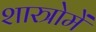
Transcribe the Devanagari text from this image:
शास्त्रोमें